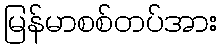
မြန်မာစစ်တပ်အား